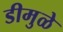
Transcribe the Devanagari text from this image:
डीमुळे